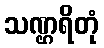
သဏ္ဌရိတုံ